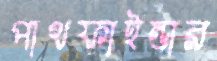
পাথফাইন্ডার